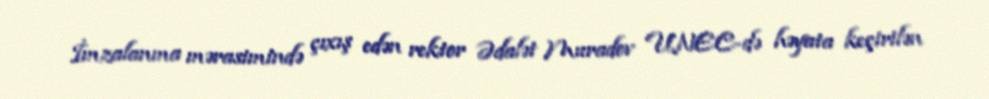
İmzalanma mərasimində çıxış edən rektor Ədalət Muradov UNEC-də həyata keçirilən